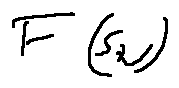
F ( s _ { N } )